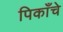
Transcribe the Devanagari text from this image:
पिकाँचे